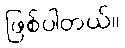
ဖြစ်ပါတယ်။